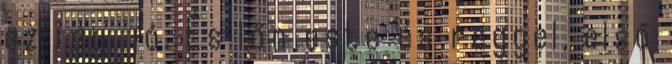
ez így jó. És lőn este és reggel, első